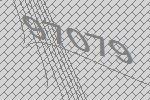
97079